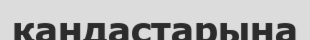
қандастарына